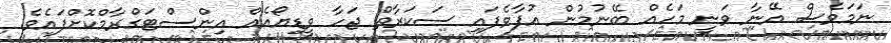
ނަމަވެސް އޭނާ ވަނީ މަހެއް ބޭނުމުން އުފާވެފައި ސަކަރާތް ޖަހާ ވީޑިޔޯއެއް އިންސްޓަގްރާމްކޮށްފައެވެ.